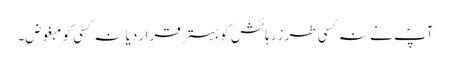
آپؐ نے نہ کسی طرزِ رہائش کو بہتر قرار دیا نہ کسی کو مبغوض۔